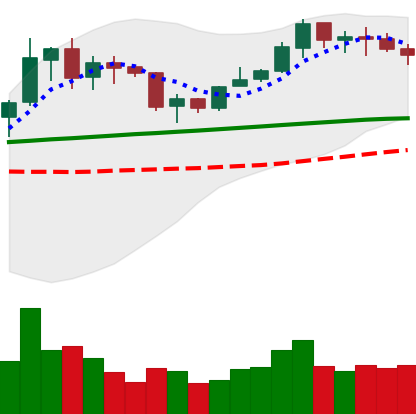
Ticker: LINK-USD
Chart end date: 2020-02-04
Forward return: 26.857%
Label: up_7plus